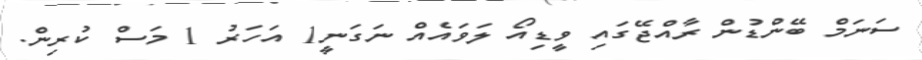
ސަނަމް ބޭންޑުން ރާއްޖޭގައި ވީޑިއޯ ލަވައެއް ނަގަނީ1 އަހަރު 1 މަސް ކުރިން.